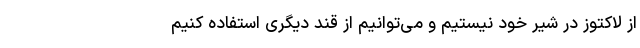
از لاکتوز در شیر خود نیستیم و می‌توانیم از قند دیگری استفاده کنیم